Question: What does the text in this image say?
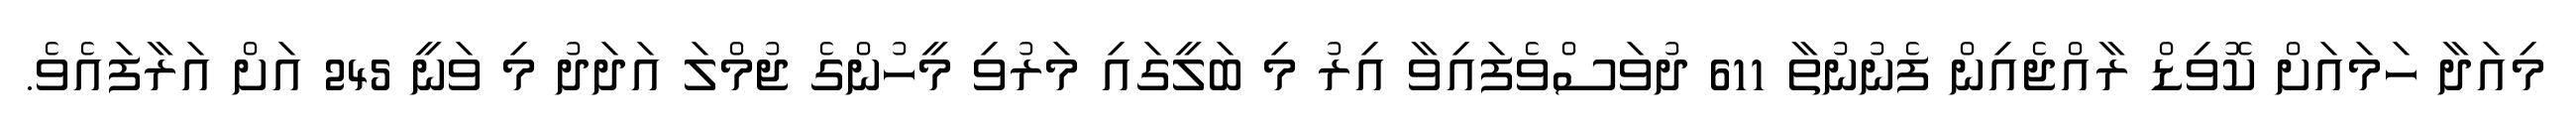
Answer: މިއަދާ ހަމައަށް ކޮވިޑް ރާއްޖެއިން ފެނުނުތާ 611 ދުވަސްވެފައިވާ އިރު މި ބަލީގައި މަރުވި މީހުންގެ ޖުމްލަ އަދަދު މި ވަނީ 245 އަށް އަރާފައެވެ.